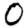
Digit: 0